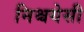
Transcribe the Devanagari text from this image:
निश्चयेसी